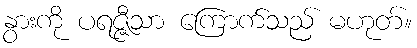
နွားကို ပရဇ္ဇီသာ ကြောက်သည် မဟုတ်။